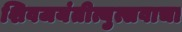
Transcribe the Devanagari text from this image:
शिवजयंतीत्युत्सवाचा